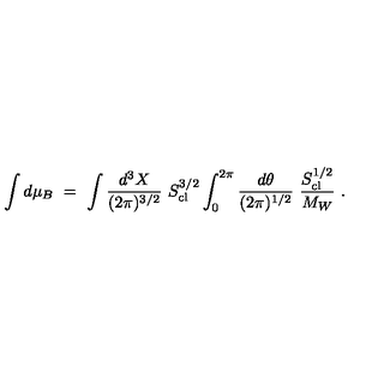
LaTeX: \int d \mu _ { B } \ = \ \int { \frac { d ^ { 3 } X } { ( 2 \pi ) ^ { 3 / 2 } } } \ S _ { \mathrm { c l } } ^ { 3 / 2 } \int _ { 0 } ^ { 2 \pi } { \frac { d \theta } { ( 2 \pi ) ^ { 1 / 2 } } } \ { \frac { S _ { \mathrm { c l } } ^ { 1 / 2 } } { M _ { W } } } \ .